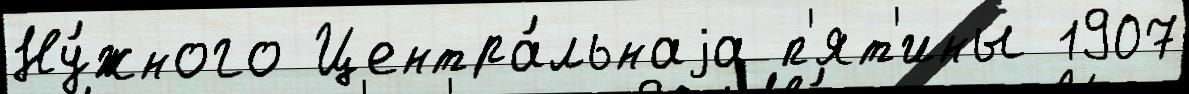
Ну́жного Центра́льнаjа п'ят'ины 1907